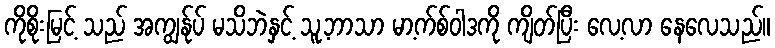
ကိုစိုးမြင့် သည် အကျွန်ုပ် မသိဘဲနှင့် သူ့ဘာသာ မာ့က်စ်ဝါဒကို ကျိတ်ပြီး လေ့လာ နေလေသည်။